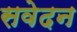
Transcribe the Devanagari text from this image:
सवेदन